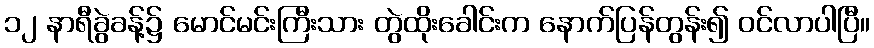
၁၂ နာရီခွဲခန့်၌ မောင်မင်းကြီးသား တွဲထိုးခေါင်းက နောက်ပြန်တွန်း၍ ဝင်လာပါပြီ။